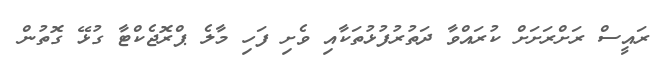
ރައީސް ރަށްރަށަށް ކުރައްވާ ދަތުރުފުޅުތަކާއި ވެށި ފަހި މާލެ ޕްރޮޖެކްޓާ ގުޅޭ ގޮތުން